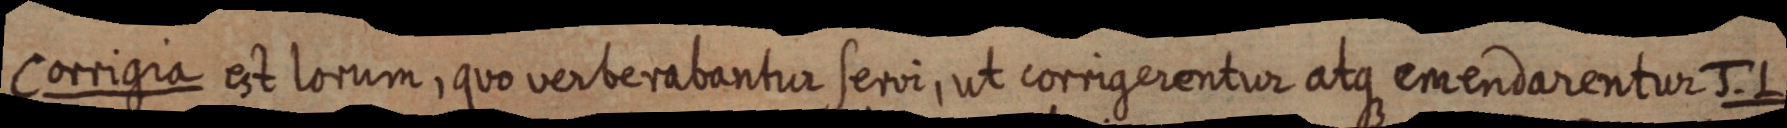
Corrigia est lorum, quo verterabantur servi, ut corrigerentur atque emendarentur J. L